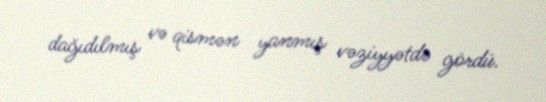
dağıdılmış və qismən yanmış vəziyyətdə gördü.